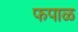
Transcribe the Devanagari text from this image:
फपाळ